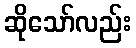
ဆိုသော်လည်း